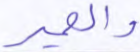
والحمير